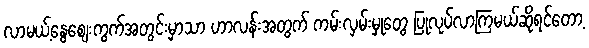
လာမယ့်နွေစျေးကွက်အတွင်းမှာသာ ဟာလန်းအတွက် ကမ်းလှမ်းမှုတွေ ပြုလုပ်လာကြမယ်ဆိုရင်တော့